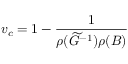
v _ { c } = 1 - \frac { 1 } { \rho ( \widetilde G ^ { - 1 } ) \rho ( B ) }